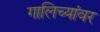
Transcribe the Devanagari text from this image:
गालिच्यांवर